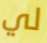
لي